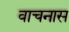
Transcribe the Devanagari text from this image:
वाचनास